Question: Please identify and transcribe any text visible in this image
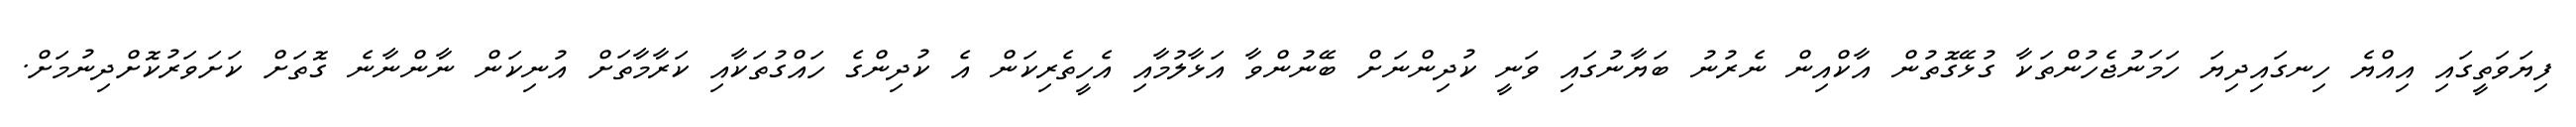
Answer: ފިޔަވަތީގައި އިއްޔެ ހިނގައިދިޔަ ހަމަނުޖެހުންތަކާ ގުޅޭގޮތުން އާކްއިން ނެރުނު ބަޔާނުގައި ވަނީ ކުދިންނަށް ބޭނުންވާ އަޅާލުމާއި އެހީތެރިކަން އެ ކުދިންގެ ހައްގުތަކާއި ކަރާމާތަށް އުނިކަން ނާންނާނެ ގޮތަށް ކަށަވަރުކޮށްދިނުމަށް.